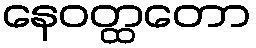
နေဝတ္ထတော